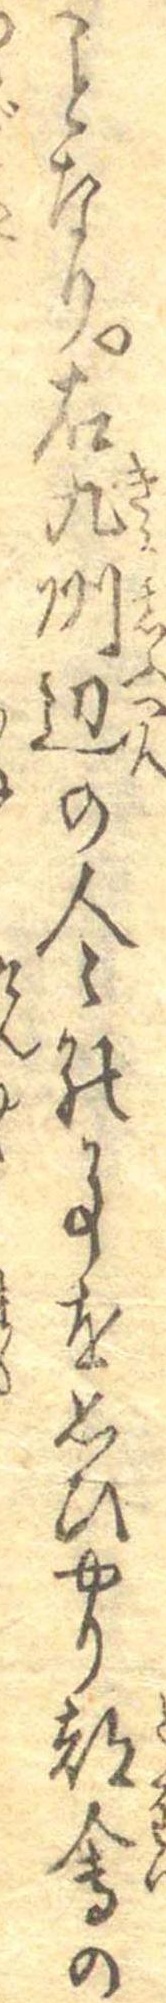
ことなり右九州辺の人々の事を思ひやり都会の